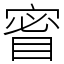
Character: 䁇